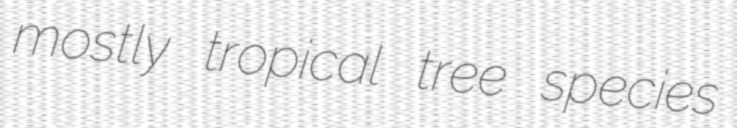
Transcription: mostly tropical tree species